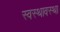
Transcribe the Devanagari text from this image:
स्वस्थावस्था